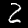
Label: 2